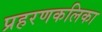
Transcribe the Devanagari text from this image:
प्रहरणकलिका